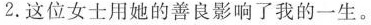
2.这位女士用她的善良影响了我的一生。